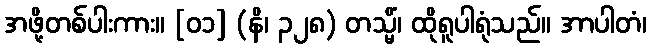
အဖို့တစ်ပါးကား။ [၀၁] (နိ၊ ၃၂၈) တသ္မိံ၊ ထိုရူပါရုံသည်။ အာပါတံ၊